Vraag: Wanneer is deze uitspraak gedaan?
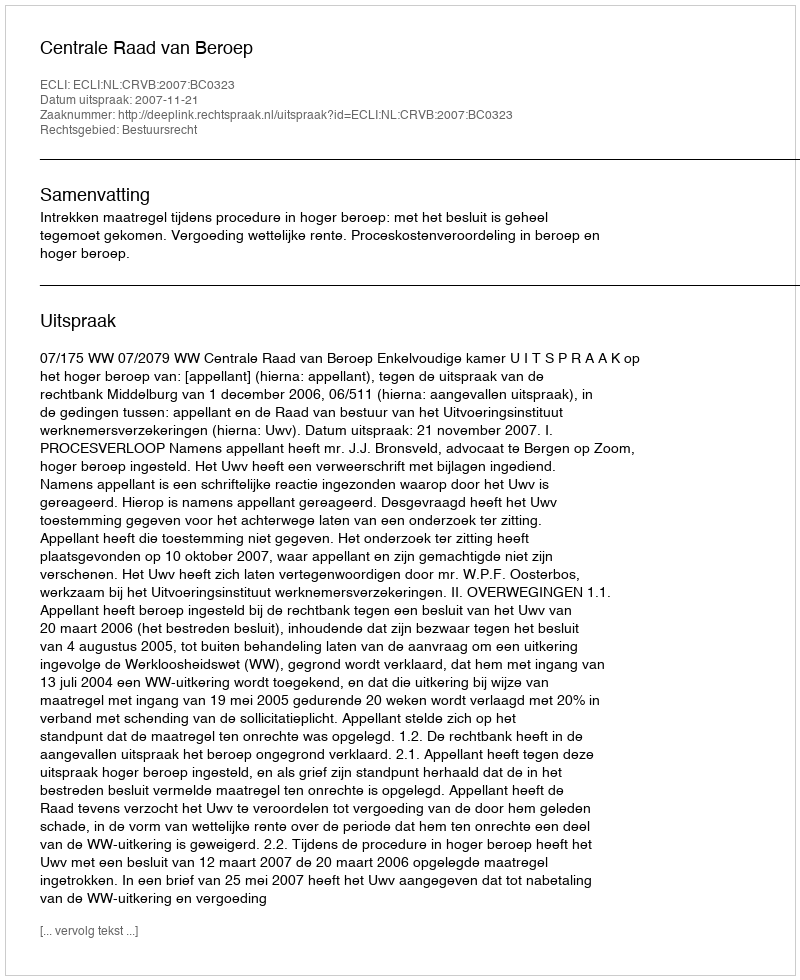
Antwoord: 2007-11-21